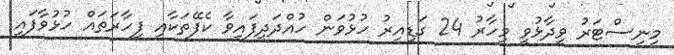
މިނިސްޓަރު ވިދާޅުވީ މިހާރު 24 ގަޑިއިރު ހުޅުވަން ހުއްދަދީފައިވާ ކެފޭތަކާއި ފިހާރަތައް ހުޅުވާފައި